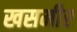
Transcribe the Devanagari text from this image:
खसमीर